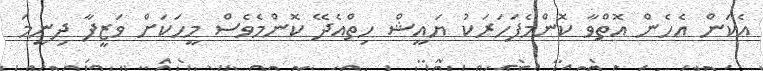
އެކަން އެހެން އޮތްވާ ކޮންމެފަހަރަކު ޔައީޝް ހިތްއެދޭ ކޮންމެވެސް މީހަކަށް ވަޒީފާ ދިނީމަ